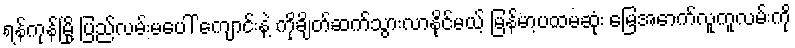
ရန်ကုန်မြို့ ပြည်လမ်းမပေါ် ကျောင်းနဲ့ ကိုချိတ်ဆက်သွားလာနိုင်မယ့် မြန်မာ့ပထမဆုံး မြေအောက်လူကူလမ်းကို